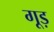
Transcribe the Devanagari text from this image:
गूड़